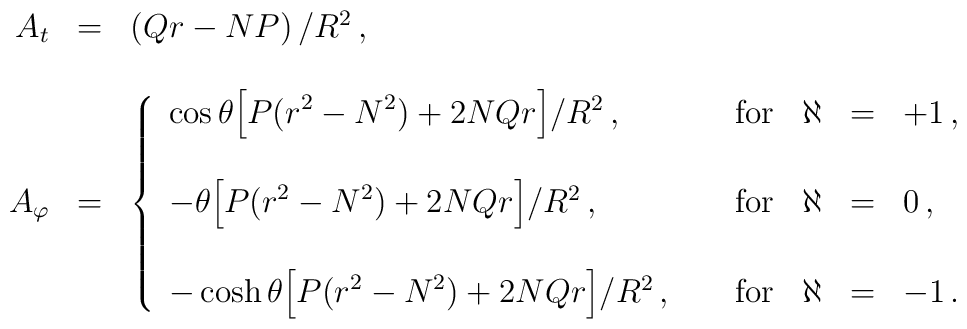
\begin{array}{rcl}A_{t} & = & \left( Qr-NP\right) /R^{2}\, ,\\& & \\A_{\varphi} & = & \left\{\begin{array}{lcrcl}\cos{\theta}{\displaystyle\left[P(r^{2}-N^{2}) +2NQr\right]}/R^{2}\, ,\hspace{.5cm} & {\rm for} & \aleph & = & +1\, ,\\   & & & & \\-\theta {\displaystyle\left[P(r^{2}-N^{2}) +2NQr\right]}/R^{2}\, ,\hspace{.5cm} & {\rm for} & \aleph & = & 0\, ,\\   & & & & \\-\cosh{\theta}{\displaystyle\left[P(r^{2}-N^{2}) +2NQr\right]}/R^{2}\, ,\hspace{.5cm} & {\rm for} & \aleph & = & -1\, .\\  \end{array}\right.\end{array}